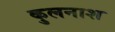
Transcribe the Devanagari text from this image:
कुलनाश